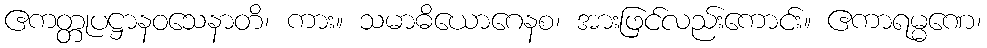
ဧကတ္တုပဋ္ဌာနဝသေနာတိ၊ ကား။ သမာဓိယောဂေနစ၊ အားဖြင်လည်းကောင်း။ ဧကာရမ္မဏေ၊